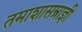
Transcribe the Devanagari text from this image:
तमाशासम्राज्ञी